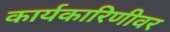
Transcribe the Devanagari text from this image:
कार्यकारिणीवर